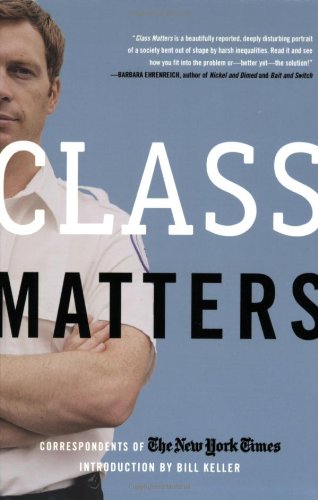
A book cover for Class Matters; The New York Times; Business & Money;